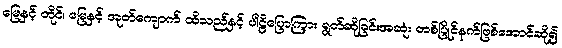
မြေနှင့် တိုင်၊ မြေနှင့် အုတ်ကျောက် ထိသည်နှင့် ပါဠိပြောကြား ရွတ်ဆိုခြင်းအဆုံး တစ်ပြိုင်နက်ဖြစ်အောင်ဆို၍